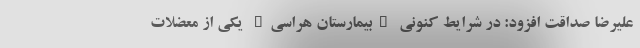
علیرضا صداقت افزود: در شرایط کنونی "بیمارستان هراسی" یکی از معضلات